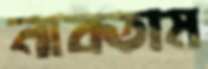
নাবতাম